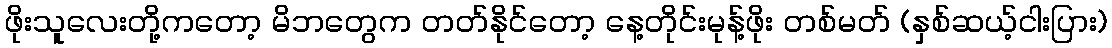
ဖိုးသူလေးတို့ကတော့ မိဘတွေက တတ်နိုင်တော့ နေ့တိုင်းမုန့်ဖိုး တစ်မတ် (နှစ်ဆယ့်ငါးပြား)